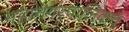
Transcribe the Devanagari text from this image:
महानगरपालिकचे